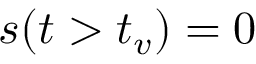
s ( t > t _ { v } ) = 0